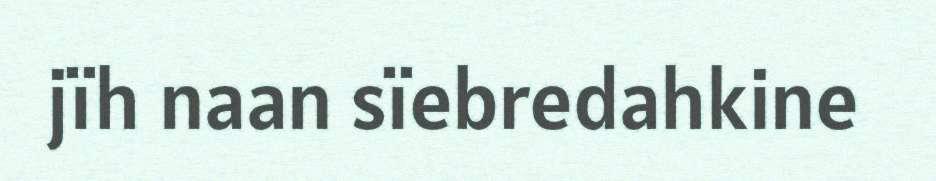
jïh naan sïebredahkine